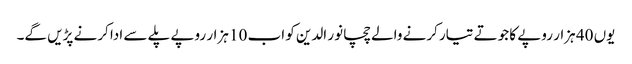
یوں 40 ہزار روپے کا جوتے تیار کرنے والے چچا نور الدین کو اب 10 ہزار روپے پلے سے ادا کرنے پڑیں گے۔